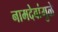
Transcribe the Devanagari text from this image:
नामदेवांमुळे